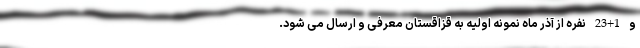
و 1+23 نفره از آذر ماه نمونه اولیه به قزاقستان معرفی و ارسال می شود.